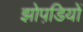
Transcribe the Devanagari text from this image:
झोपडि़यों